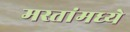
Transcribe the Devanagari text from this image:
मस्तांमध्ये